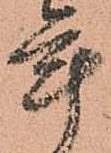
年